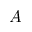
\boldsymbol { A }